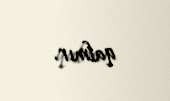
qalmır.